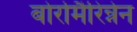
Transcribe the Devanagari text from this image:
बोर्रोमैरिन्नेन